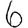
Digit: 6